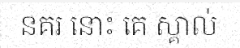
នគរ នោះ គេ ស្គាល់